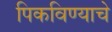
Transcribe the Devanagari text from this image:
पिकविण्याचे